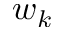
w _ { k }